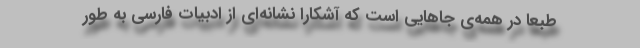
طبعاً در همه‌ی جاهایی است که آشکارا نشانه‌ای از ادبیات فارسی به طور